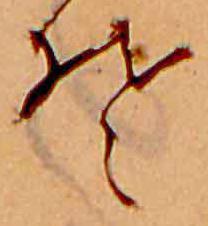
そ